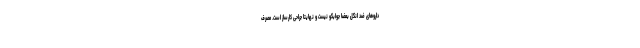
داروهای ضد انگل بعضاً جوابگو نیست و نهایتا جراحی کارساز است. مصرف